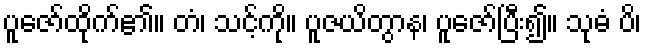
ပူဇော်ထိုက်၏။ တံ၊ သင့်ကို။ ပူဇယိတွာန၊ ပူဇော်ပြီး၍။ သုဓံ ပိ၊